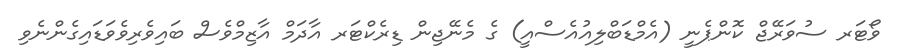
ވޯޓަރ ސުވަރޭޖް ކޮންޕެނީ (އެމްޑަބްލިއުއެސްއީ) ގެ މެނޭޖިން ޑިރެކްޓަރ އާދަމް އާޒިމްވެސް ބައިވެރިވެވަޑައިގެންނެވި